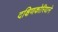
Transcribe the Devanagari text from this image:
दक्षिणकोरियाने